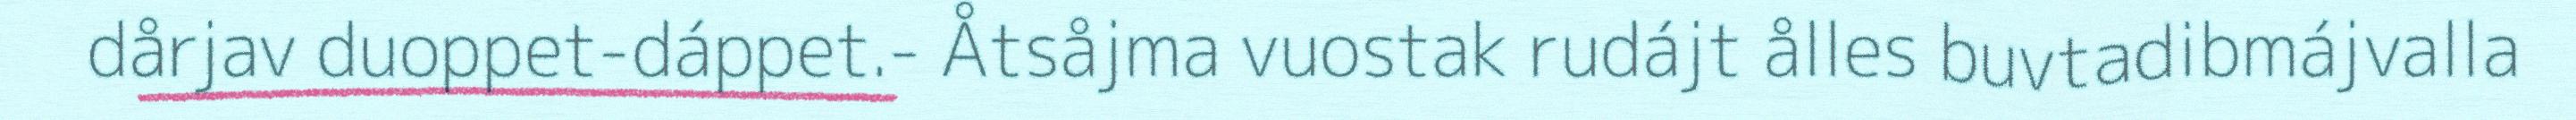
dårjav duoppet-dáppet.- Åtsåjma vuostak rudájt ålles buvtadibmájvalla